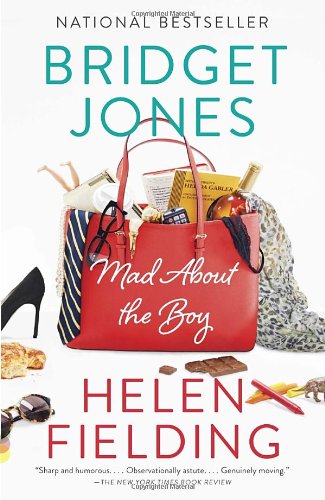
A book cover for Bridget Jones: Mad About the Boy (Vintage Contemporaries); Helen Fielding; Literature & Fiction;